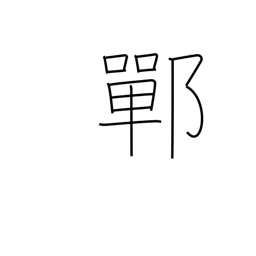
Meaning: place name